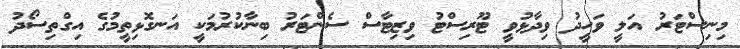
މިނިސްޓަރު އަލީ ވަހީދު ވިދާޅުވީ ޓޫރިސްޓު ވިޒިޓާސް ސެންޓަރު ބިނާކުރުމަކީ އަނގޮޅިތީމުގެ އިގްތިސޯދު